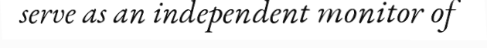
serve as an independent monitor of